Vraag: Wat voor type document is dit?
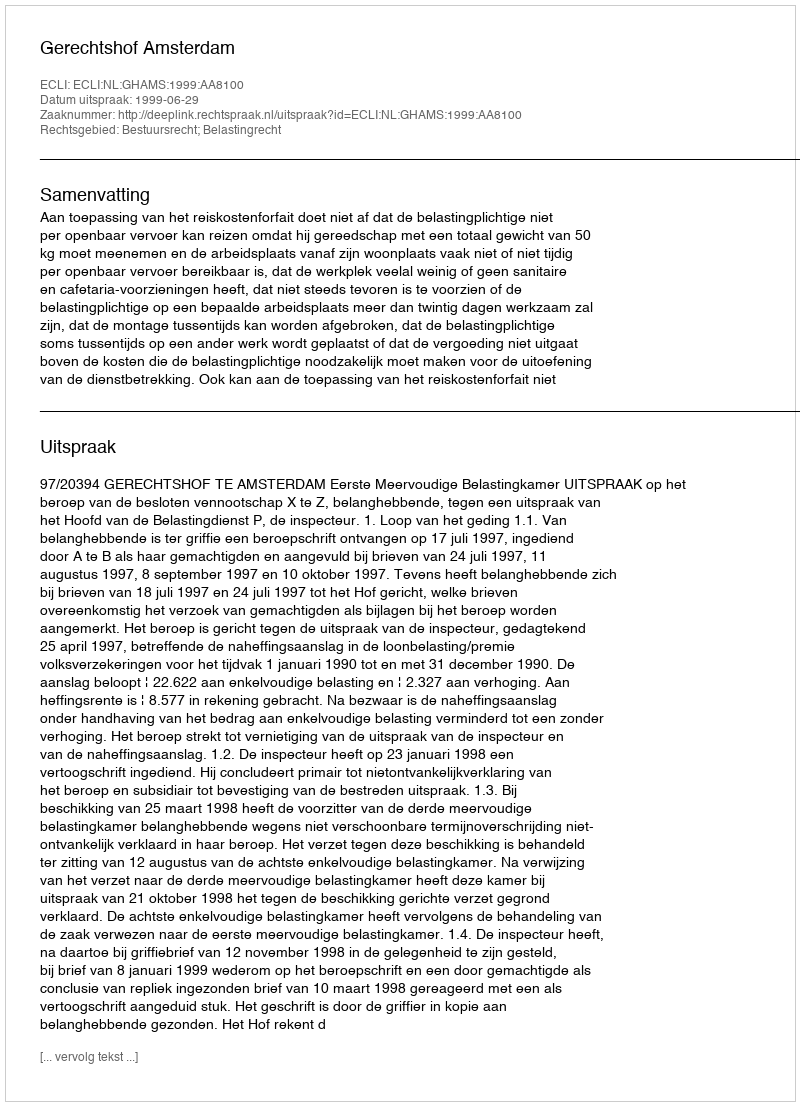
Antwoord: Uitspraak